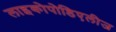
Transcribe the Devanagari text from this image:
लाइकोपोडिएलीज